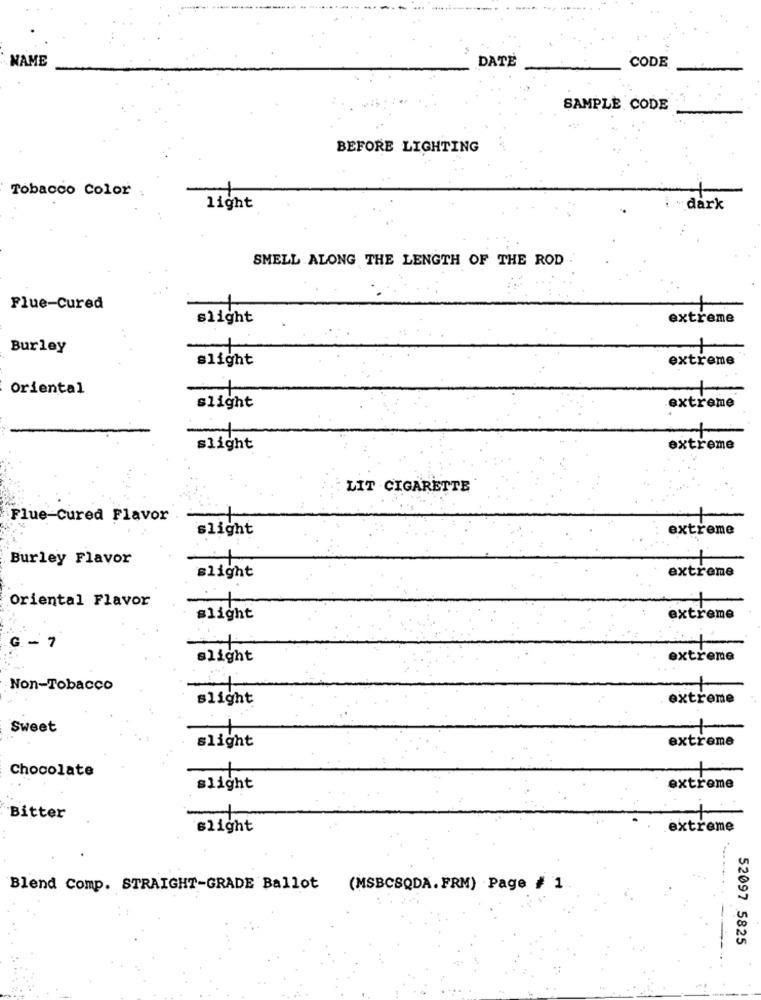
NAME
DATE
CODE
SAMPLE CODE
BEFORE LIGHTING
Tobacco Color
light
dark
SMELL ALONG THE LENGTH OF THE ROD
Flue-Cured
slight
extreme
Burley
slight
extreme
Oriental
extreme
slight
slight
extreme
LIT CIGARETTE
Flue-Cured Flavor
slight
extreme
Burley Flavor
slight
extreme
Oriental Flavor
slight
extreme
G - 7
slight
extreme
Non-Tobacco
slight
extreme
Sweet
slight
extreme
Chocolate
slight
extreme
Bitter
+
slight
extreme
Blend Comp. STRAIGHT-GRADE Ballot
(MSBCSQDA. FRM) Page # 1
52097 5825